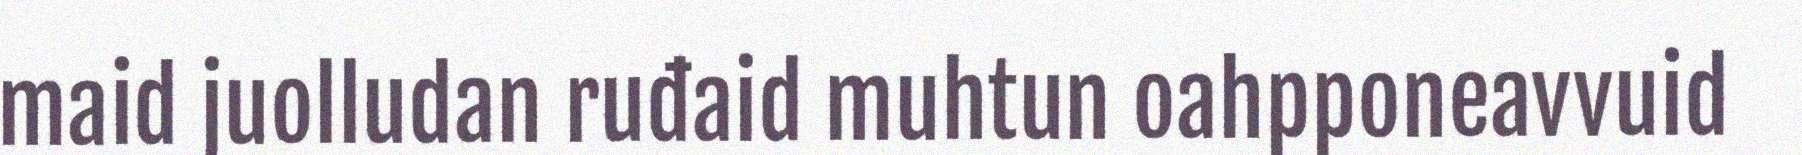
maid juolludan ruđaid muhtun oahpponeavvuid